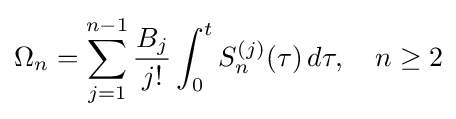
\Omega _{n}=\sum _{j=1}^{n-1}{\frac {B_{j}}{j!}}\int _{0}^{t}S_{n}^{(j)}(\tau )\,d\tau ,\quad n\geq 2